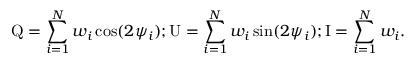
\mathrm { Q } = \sum _ { i = 1 } ^ { N } w _ { i } \cos ( 2 \psi _ { i } ) ; \mathrm { U } = \sum _ { i = 1 } ^ { N } w _ { i } \sin ( 2 \psi _ { i } ) ; \mathrm { I } = \sum _ { i = 1 } ^ { N } w _ { i } .